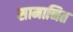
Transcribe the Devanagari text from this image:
सामानित